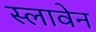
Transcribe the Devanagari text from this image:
स्लावेन